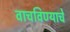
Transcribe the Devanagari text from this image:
वाचविण्याचे